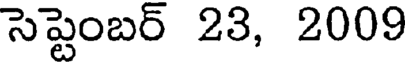
సెప్టెంబర్ 23, 2009